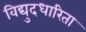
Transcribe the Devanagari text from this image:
विद्युदधारिता